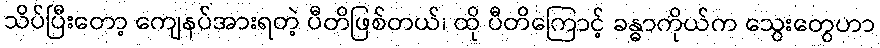
သိပ်ပြီးတော့ ကျေနပ်အားရတဲ့ ပီတိဖြစ်တယ်၊ ထို ပီတိကြောင့် ခန္ဓာကိုယ်က သွေးတွေဟာ